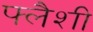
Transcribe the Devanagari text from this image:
फ्लैशी